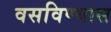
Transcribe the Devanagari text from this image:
वसविण्यास